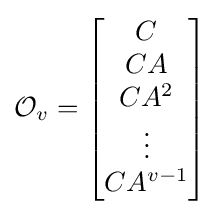
{\mathcal {O}}_{v}={\begin{bmatrix}C\\CA\\CA^{2}\\\vdots \\CA^{v-1}\end{bmatrix}}